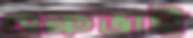
গুরুভাই